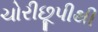
ચોરીછૂપીથી